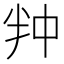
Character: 𭅢